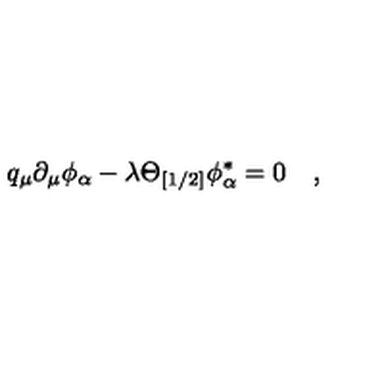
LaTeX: q _ { \mu } \partial _ { \mu } \phi _ { \alpha } - \lambda \Theta _ { [ 1 / 2 ] } \phi _ { \alpha } ^ { \ast } = 0 \quad ,